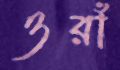
ওরাঁ